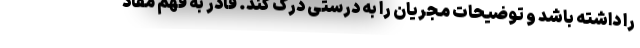
را داشته باشد و توضیحات مجریان را به درستی درک کند. قادر به فهم مفاد